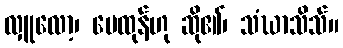
လှူလော့၊ မေထုန်ဟု ဆို၏၊ သံဃာသိသ်။